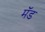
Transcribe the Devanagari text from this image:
मॅड